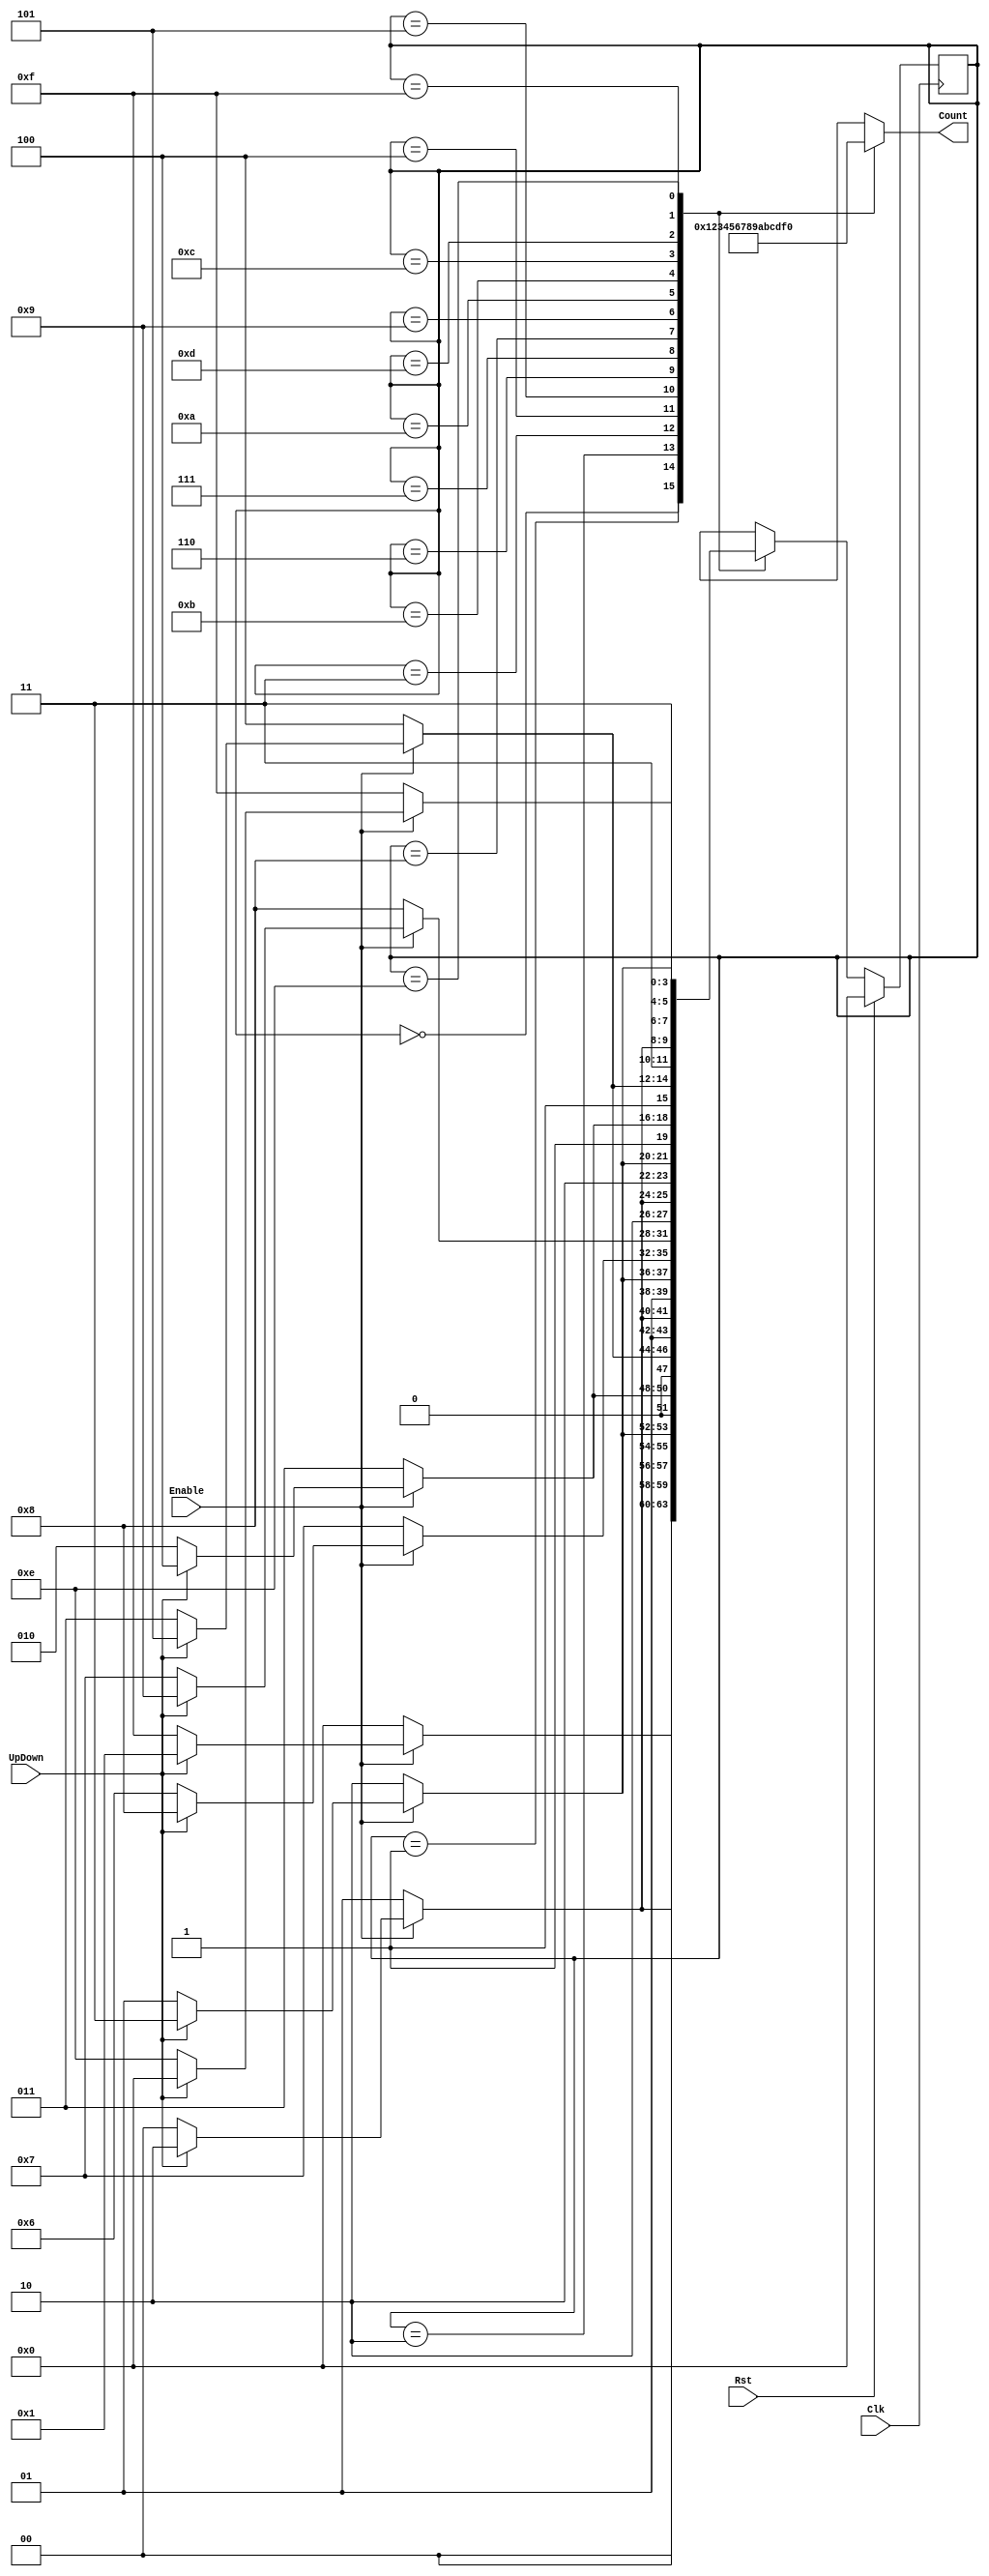
`timescale 1ns / 1ps
//////////////////////////////////////////////////////////////////////////////////
// Company: 
// Engineer: 
// 
// Design Name: 
// Module Name:    Counter 
// Project Name: 
// Target Devices: 
// Tool versions: 
// Description: 
//
// Dependencies: 
//
// Revision: 
// Revision 0.01 - File Created
// Additional Comments: 
//
//////////////////////////////////////////////////////////////////////////////////
module Counter(Enable, UpDown, Count, Clk, Rst);

	input Enable, UpDown;
	output reg [3:0] Count;
	input Clk, Rst;
	
	parameter S0 = 0, S1 = 1, S2 = 2, S3 = 3, S4 = 4, S5 = 5,
	S6 = 6, S7 = 7, S8 = 8, S9 = 9, SA = 10, SB = 11, SC = 12,
	SD = 13, SE = 14, SF = 15;
	
	reg [3:0] State, StateNext;
	
	//Combinational Logic
	always @(State, Enable, UpDown) begin
		case (State)
			S0: begin
				Count <= 0;
				if(Enable == 0)
					StateNext <= S0;
				else if(UpDown == 1)
					StateNext <= S1;
				else 
					StateNext <= SF;
			end
			S1: begin
				Count <= 1;
				if(Enable == 0)
					StateNext <= S1;
				else if(UpDown == 1)
					StateNext <= S2;
				else 
					StateNext <= S0;
			end
			S2: begin
				Count <= 2;
				if(Enable == 0)
					StateNext <= S2;
				else if(UpDown == 1)
					StateNext <= S3;
				else 
					StateNext <= S1;
			end
			S3: begin
				Count <= 3;
				if(Enable == 0)
					StateNext <= S3;
				else if(UpDown == 1)
					StateNext <= S4;
				else 
					StateNext <= S2;
			end
			S4: begin
				Count <= 4;
				if(Enable == 0)
					StateNext <= S4;
				else if(UpDown == 1)
					StateNext <= S5;
				else 
					StateNext <= S3;
			end
			S5: begin
				Count <= 5;
				if(Enable == 0)
					StateNext <= S5;
				else if(UpDown == 1)
					StateNext <= S6;
				else 
					StateNext <= S4;
			end
			S6: begin
				Count <= 6;
				if(Enable == 0)
					StateNext <= S6;
				else if(UpDown == 1)
					StateNext <= S7;
				else 
					StateNext <= S5;
			end
			S7: begin
				Count <= 7;
				if(Enable == 0)
					StateNext <= S7;
				else if(UpDown == 1)
					StateNext <= S8;
				else 
					StateNext <= S6;
			end
			S8: begin
				Count <= 8;
				if(Enable == 0)
					StateNext <= S8;
				else if(UpDown == 1)
					StateNext <= S9;
				else 
					StateNext <= S7;
			end
			S9: begin
				Count <= 9;
				if(Enable == 0)
					StateNext <= S9;
				else if(UpDown == 1)
					StateNext <= SA;
				else 
					StateNext <= S8;
			end
			SA: begin
				Count <= 10;
				if(Enable == 0)
					StateNext <= SA;
				else if(UpDown == 1)
					StateNext <= SB;
				else 
					StateNext <= S9;
			end
			SB: begin
				Count <= 11;
				if(Enable == 0)
					StateNext <= SB;
				else if(UpDown == 1)
					StateNext <= SC;
				else 
					StateNext <= SA;
			end
			SC: begin
				Count <= 12;
				if(Enable == 0)
					StateNext <= SC;
				else if(UpDown == 1)
					StateNext <= SD;
				else 
					StateNext <= SB;
			end
			SD: begin
				Count <= 13;
				if(Enable == 0)
					StateNext <= SD;
				else if(UpDown == 1)
					StateNext <= SE;
				else 
					StateNext <= SC;
			end
			SE: begin
				Count <= 14;
				if(Enable == 0)
					StateNext <= SE;
				else if(UpDown == 1)
					StateNext <= SF;
				else 
					StateNext <= SD;
			end
			SF: begin
				Count <= 15;
				if(Enable == 0)
					StateNext <= SF;
				else if(UpDown == 1)
					StateNext <= S0;
				else 
					StateNext <= SE;
			end
			
			default: begin
				Count <= 0;
				StateNext <= S0;
			end
		endcase
	end
			
	//StateReg
	always @(posedge Clk) begin
		if(Rst == 1)
			State <= S0;
		else
			State <= StateNext;
	end
endmodule